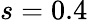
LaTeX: s=0.4